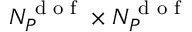
N _ { { P } } ^ { \textrm { d o f } } \times N _ { { P } } ^ { \textrm { d o f } }